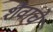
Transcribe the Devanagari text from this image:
शैवांचे